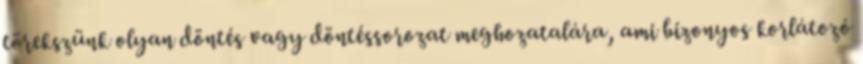
törekszünk olyan döntés vagy döntéssorozat meghozatalára, ami bizonyos korlátozó